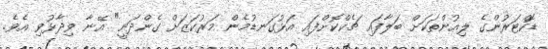
ޑޮކްޓަރުންގެ ލިއުންތަކަށް ބަލާފައި ޗެކްކޮށްފައި އަޅުގަނޑުމެން މަރުކަޒަށް ގެންދަނީ" އޭނާ ވިދާޅުވި އެވެ.